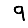
Digit: 9